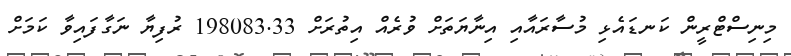
މިނިސްޓްރީން ކަނޑައެޅި މުސާރައާއި އިނާޔަތަށް ވުރެއް އިތުރަށް 198083.33 ރުފިޔާ ނަގާފައިވާ ކަމަށް